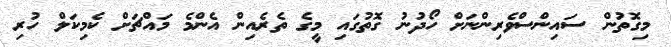
މިގޮތުން ސައިންސްވެރިންނަށް ހޯދުނު ގޮތުގައި މީގެ ތެރެއިން އެންމެ މައްޗަށް ކެމިކަލް ހުރި